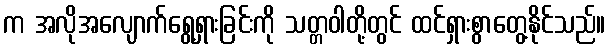
က အလိုအလျောက်ရွေ့ရှားခြင်းကို သတ္တဝါတို့တွင် ထင်ရှားစွာတွေ့နိုင်သည်။